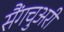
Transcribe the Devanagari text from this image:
सैंगचुअरी